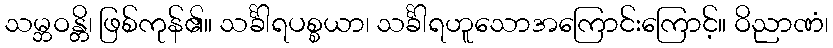
သမ္ဘဝန္တိ၊ ဖြစ်ကုန်၏။ သင်္ခါရပစ္စယာ၊ သင်္ခါရဟူသောအကြောင်းကြောင့်။ ဝိညာဏံ၊